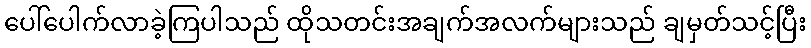
ပေါ်ပေါက်လာခဲ့ကြပါသည် ထိုသတင်းအချက်အလက်များသည် ချမှတ်သင့်ပြီး